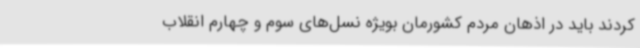
کردند باید در اذهان مردم کشورمان بویژه نسل‌های سوم و چهارم انقلاب